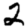
Digit: 2